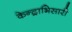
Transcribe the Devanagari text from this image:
केन्द्राभिसारी